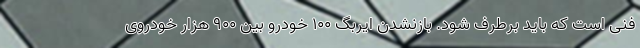
فنی است که باید برطرف شود. بازنشدن ایربگ 100 خودرو بین 900 هزار خودروی